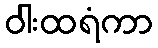
ဝါးထရံကာ